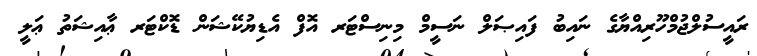
ރައީސުލްޖުމްހޫރިއްޔާގެ ނައިބު ފައިޞަލް ނަސީމް މިނިސްޓަރ އޮފް އެޑިޔުކޭޝަން ޑޮކްޓަރ ޢާއިޝަތު ޢަލީ